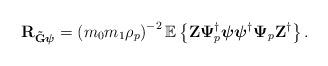
LaTeX: \begin{align*}\mathbf{R}_{\mathbf{\tilde{\mathbf{G}}\boldsymbol{\psi}}}=\left(m_0m_1\rho_p\right)^{-2}\mathbb{E}\left\{\mathbf{Z} \boldsymbol{\Psi}_p^{\dagger}\boldsymbol{\psi} \boldsymbol{\psi}^{\dagger}\boldsymbol{\Psi}_p\mathbf{Z}^{\dagger}\right\}.\end{align*}